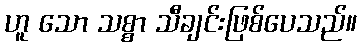
ဟူ သော သစ္စာ သီချင်းဖြစ်ပေသည်။